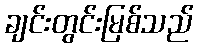
ချင်းတွင်းမြစ်သည်